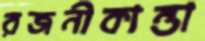
রজনীকান্তা